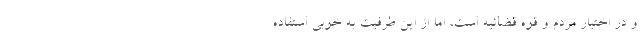
و در اختیار مردم و قوه قضائیه است، اما از این ظرفیت به خوبی استفاده